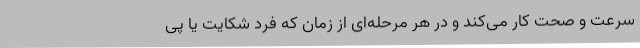
سرعت و صحت کار می‌کند و در هر مرحله‌ای از زمان که فرد شکایت یا پی